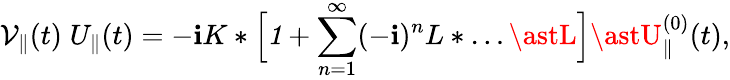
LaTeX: \mathcal{V}_{\parallel}(t)\; U_{\parallel}(t)=-\mathbf{i}K\ast\Big[{\mathit{1}}+\sum_{n=1}^{\infty}(-\mathbf{i})^{n}L\ast\ldots\astL\Big]\astU_{\parallel}^{(0)}(t),